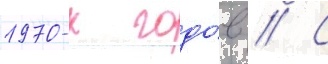
1970-х годо́в // С